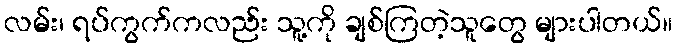
လမ်း၊ ရပ်ကွက်ကလည်း သူ့ကို ချစ်ကြတဲ့သူတွေ များပါတယ်။